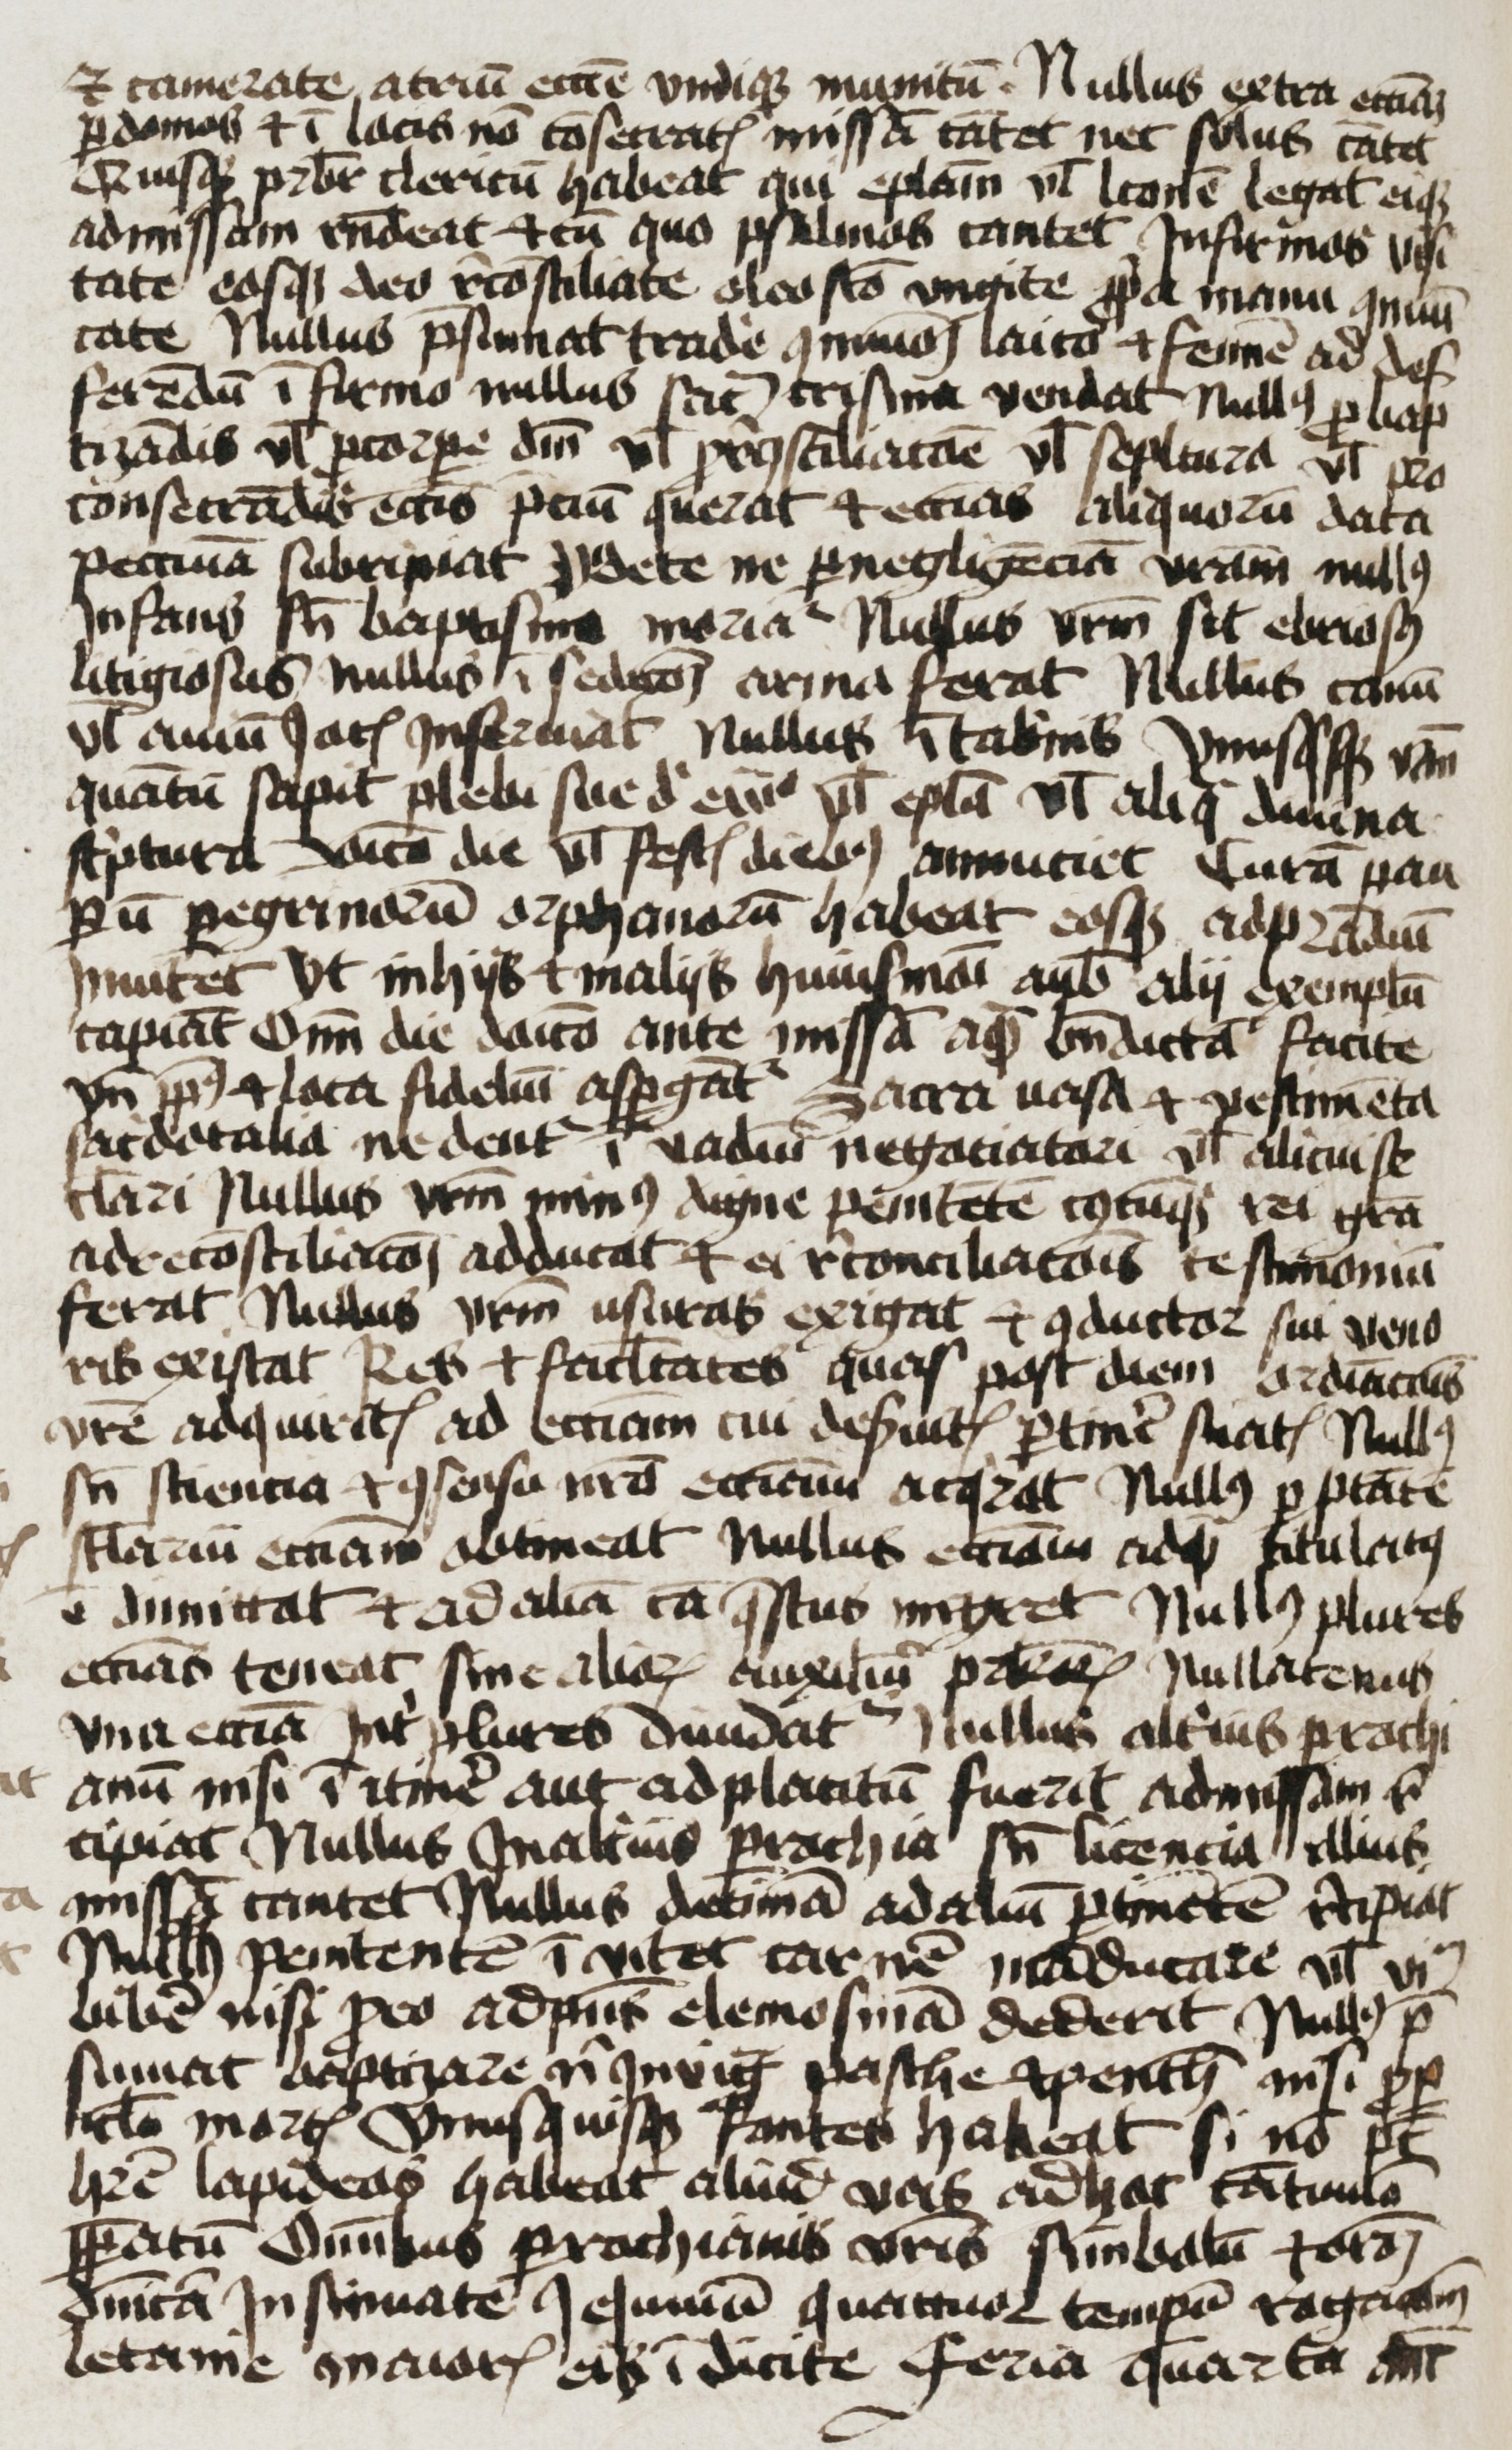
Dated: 1400–1499